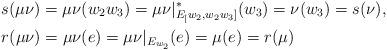
LaTeX: \begin{align*}&s(\mu\nu)=\mu\nu(w_2w_3)= \mu\nu|^*_{E_[w_2, w_2w_3]}(w_3)=\nu(w_3)=s(\nu), \\&r(\mu\nu) = \mu\nu(e) = \mu\nu|_{E_{w_2}}(e) = \mu(e) = r(\mu)\end{align*}